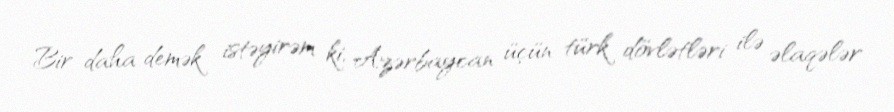
Bir daha demək istəyirəm ki, Azərbaycan üçün türk dövlətləri ilə əlaqələr